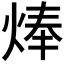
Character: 𤊡